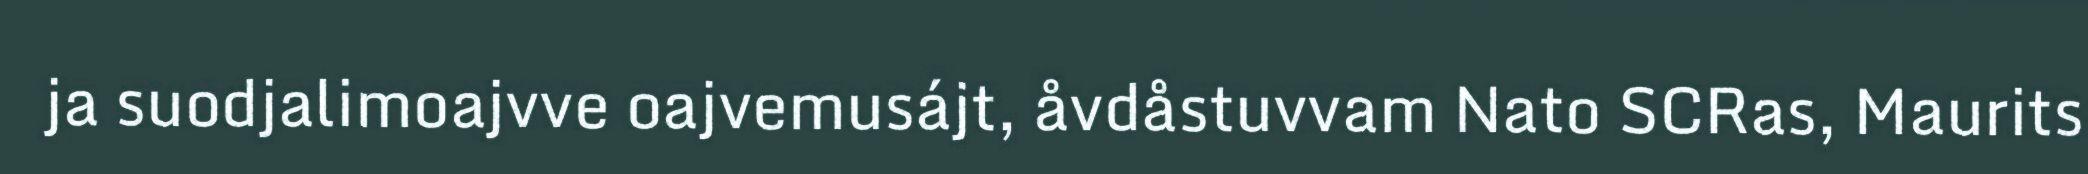
ja suodjalimoajvve oajvemusájt, åvdåstuvvam Nato SCRas, Maurits